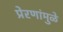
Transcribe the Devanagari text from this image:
प्रेरणांमुळे